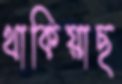
থাকিয়াছ